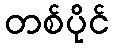
တစ်ပိုင်